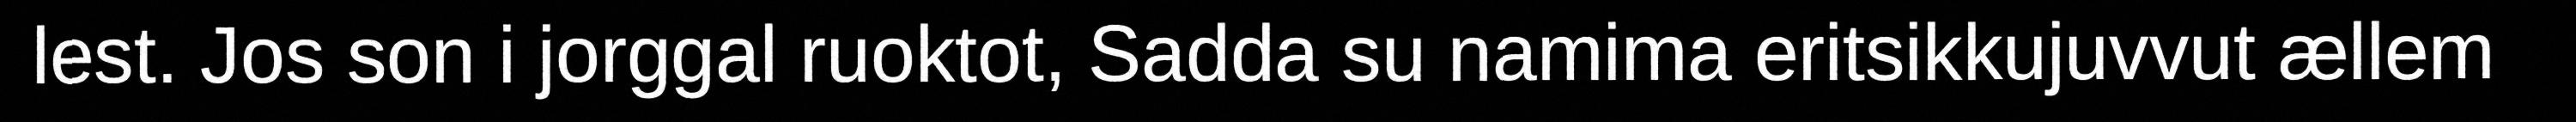
lest. Jos son i jorggal ruoktot, Sadda su namima eritsikkujuvvut ællem